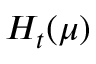
H _ { t } ( \mu )